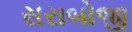
સરાબોજી